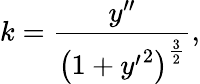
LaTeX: k={\frac{y^{\prime\prime}}{\left(1+{y^{\prime}}^{2}\right)^{\frac{3}{2}}}},